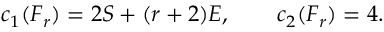
c _ { 1 } ( F _ { r } ) = 2 S + ( r + 2 ) E , \qquad c _ { 2 } ( F _ { r } ) = 4 .